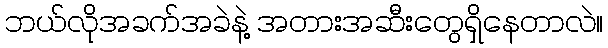
ဘယ်လိုအခက်အခဲနဲ့ အတားအဆီးတွေရှိနေတာလဲ။